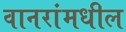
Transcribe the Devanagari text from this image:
वानरांमधील